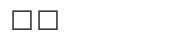
٥٣